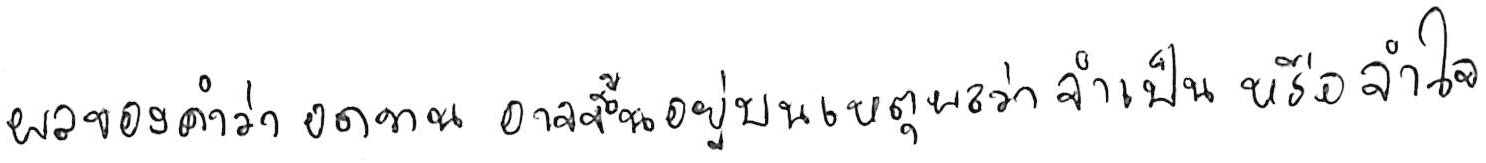
ผลของคำว่า อดทน อาจขึ้นอยู่บนเหตุผลว่า จำเป็น หรือ จำใจ